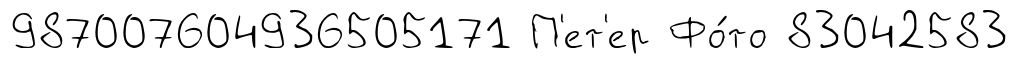
987007604936505171 П'ет'ер Фо́то 83042583